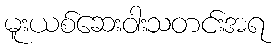
မူးယစ်ဆေးဝါးသတင်းအရ